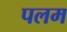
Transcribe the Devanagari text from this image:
पलम